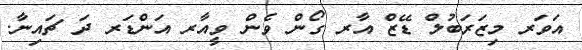
އަވަރ މިޒަރަބުލް ޑޭޒް އާރ ގޯން ވެން ވީއާރ އަންޑަރ ދަ ޗައިނާ.